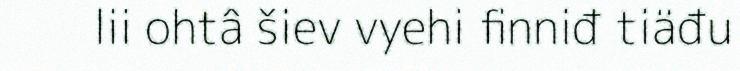
lii ohtâ šiev vyehi finniđ tiäđu